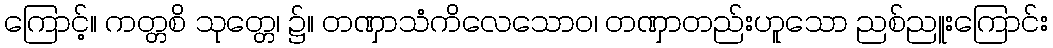
ကြောင့်။ ကတ္တစိ သုတ္တေ၊ ၌။ တဏှာသံကိလေသောဝ၊ တဏှာတည်းဟူသော ညစ်ညူးကြောင်း